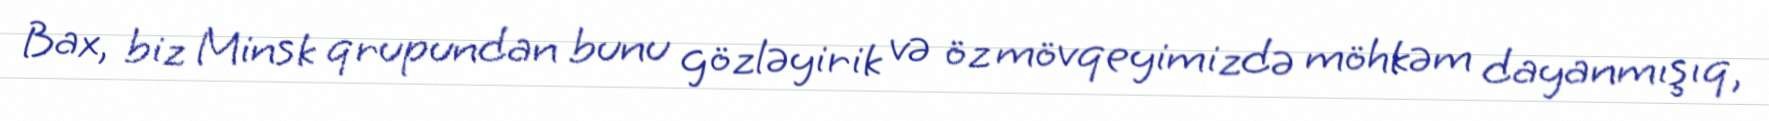
Bax, biz Minsk qrupundan bunu gözləyirik və öz mövqeyimizdə möhkəm dayanmışıq,